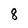
Character: 8